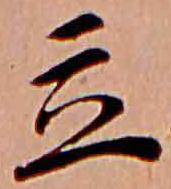
立